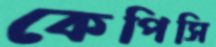
কেপিসি